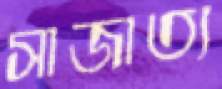
সাজাত্য